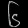
Digit: ၆